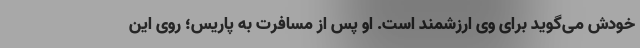
خودش می‌گوید برای وی ارزشمند است. او پس از مسافرت به پاریس؛ روی این